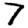
Digit: 7